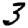
Digit: 3